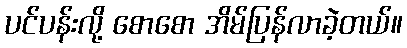
ပင်ပန်းလို့ စောစော အိမ်ပြန်လာခဲ့တယ်။